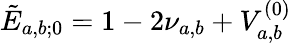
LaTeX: \tilde{E}_{a,b;0}=1-2\nu_{a,b}+V_{a,b}^{(0)}